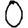
Digit: 0